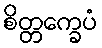
စိတ္တက္ခေပံ